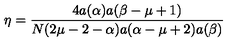
\eta = \frac { 4 a ( \alpha ) a ( \beta - \mu + 1 ) } { N ( 2 \mu - 2 - \alpha ) a ( \alpha - \mu + 2 ) a ( \beta ) }